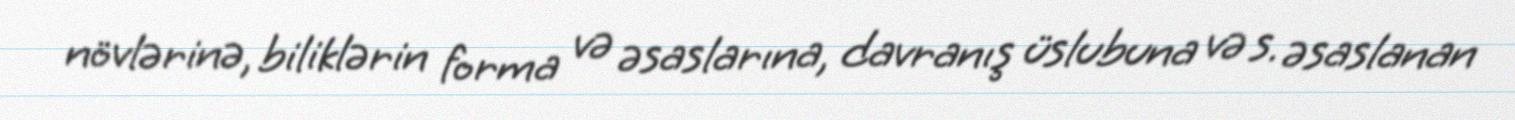
növlərinə, biliklərin forma və əsaslarına, davranış üslubuna və s. əsaslanan